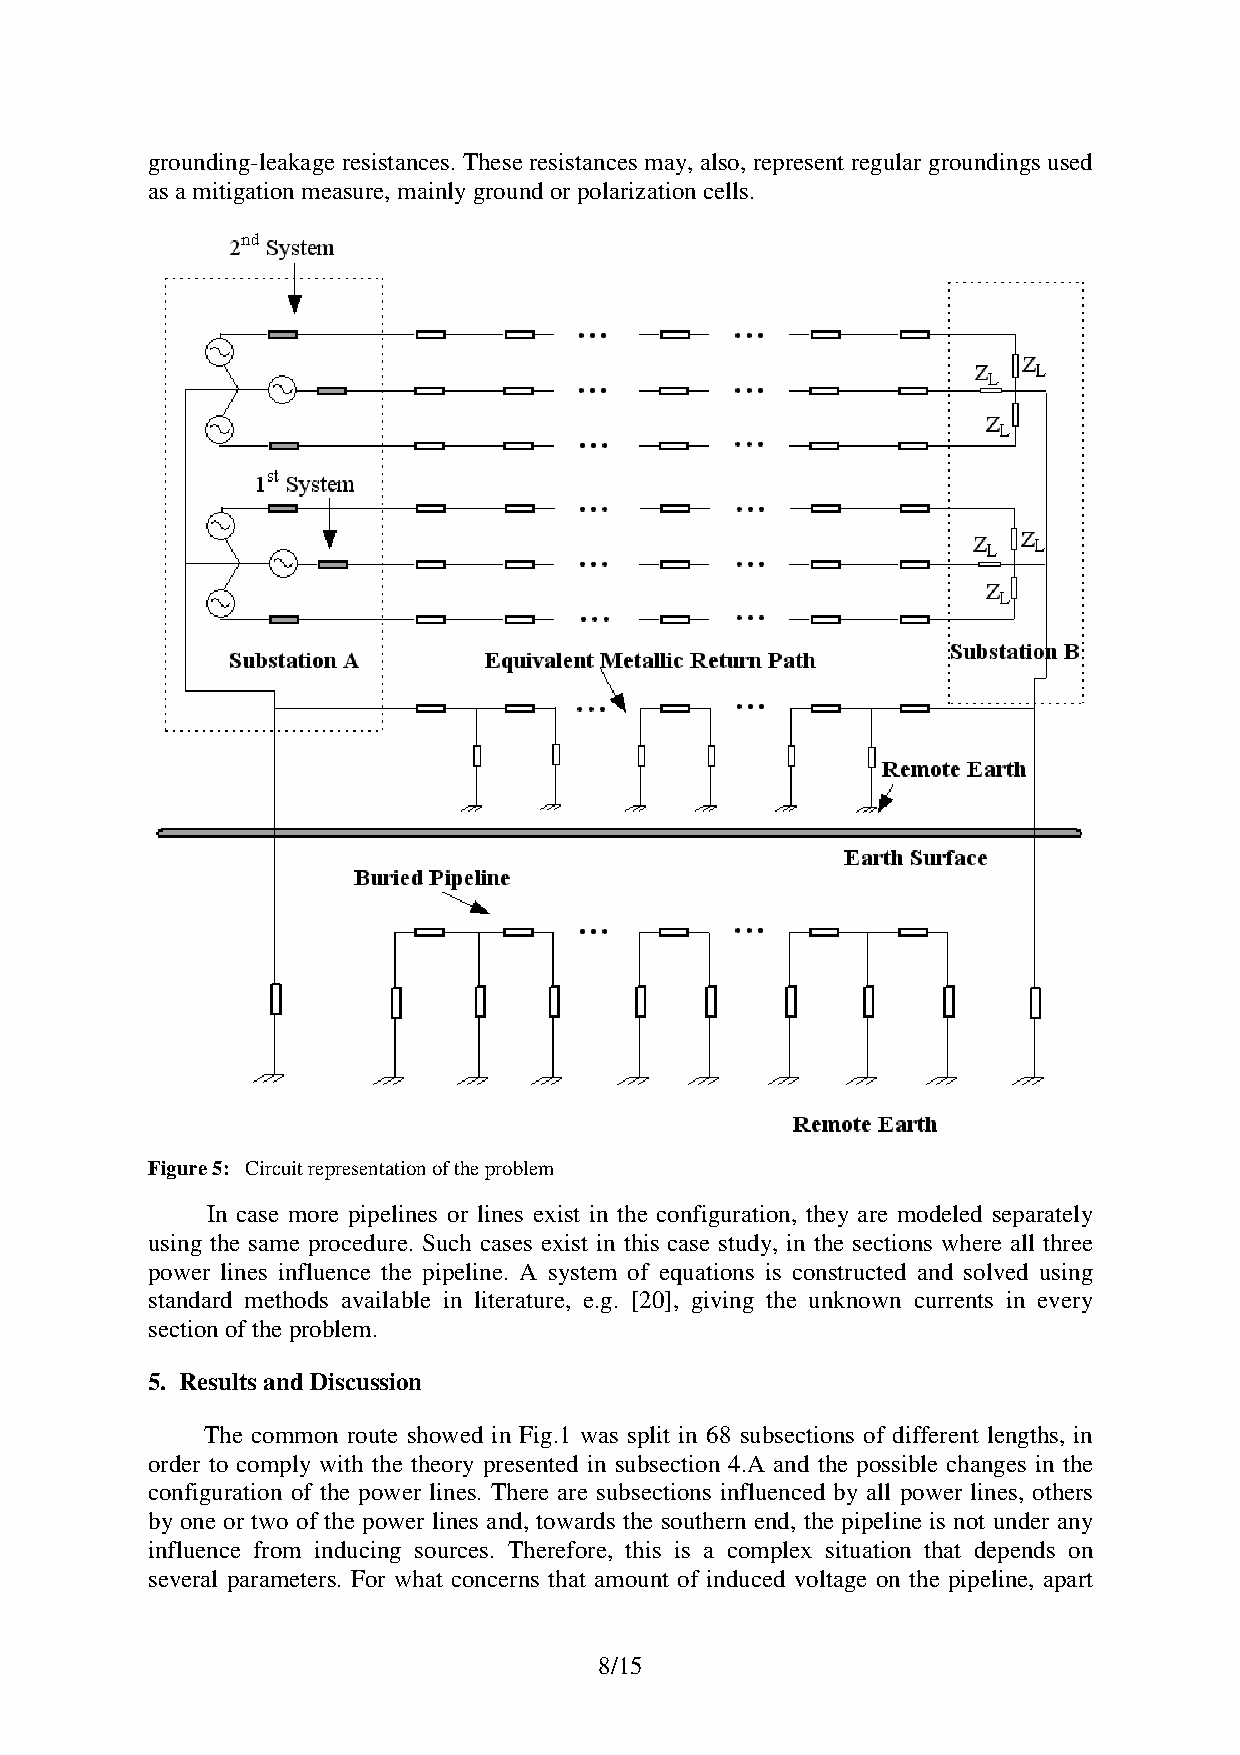
grounding-leakage resistances. These resistances may, also, represent regular groundings used
 as a mitigation measure, mainly ground or polarization cells.
 Figure 5: Circuit representation of the problem
 In case more pipelines or lines exist in the configuration, they are modeled separately
 using the same procedure. Such cases exist in this case study, in the sections where all three
 power lines influence the pipeline. A system of equations is constructed and solved using
 standard methods available in literature, e.g. [20], giving the unknown currents in every
 section of the problem.
 5. Results and Discussion
 The common route showed in Fig.1 was split in 68 subsections of different lengths, in
 order to comply with the theory presented in subsection 4.A and the possible changes in the
 configuration of the power lines. There are subsections influenced by all power lines, others
 by one or two of the power lines and, towards the southern end, the pipeline is not under any
 influence from inducing sources. Therefore, this is a complex situation that depends on
 several parameters. For what concerns that amount of induced voltage on the pipeline, apart
 8/15